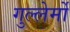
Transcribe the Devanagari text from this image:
गुल्लेर्मो